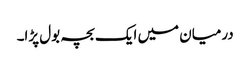
درمیان میں ایک بچہ بول پڑا۔